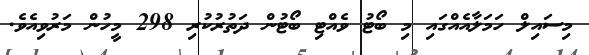
މިސައިލް ހަމަލާއެއްގައި މި ބޯޓު ވެއްޓި ބޯޓުން ދަތުރުކުރި 298 މީހުން މަރުވިއެވެ.